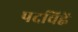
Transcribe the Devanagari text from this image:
पदचिह्नें